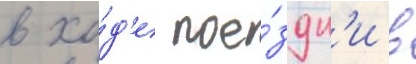
в хо́д'е пое́здк'и в